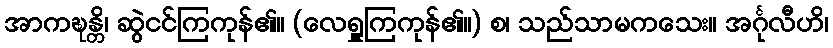
အာကဍ္ဎန္တိ၊ ဆွဲငင်ကြကုန်၏။ (လေရှူကြကုန်၏။) စ၊ သည်သာမကသေး။ အင်္ဂုလီဟိ၊